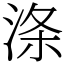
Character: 涤